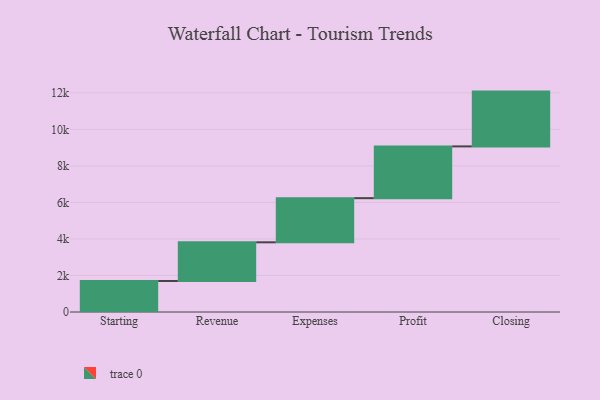
{"axis": {"x": "Step", "y": "Value"}, "legend": [""], "data": [{"x": "Starting", "y": 1696.0, "type": ""}, {"x": "Revenue", "y": 2119.0, "type": ""}, {"x": "Expenses", "y": 2417.0, "type": ""}, {"x": "Profit", "y": 2834.0, "type": ""}, {"x": "Closing", "y": 3000, "type": ""}]}